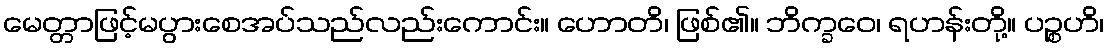
မေတ္တာဖြင့်မပွားစေအပ်သည်လည်းကောင်း။ ဟောတိ၊ ဖြစ်၏။ ဘိက္ခဝေ၊ ရဟန်းတို့။ ပဉ္စဟိ၊